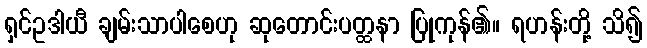
ရှင်ဥဒါယီ ချမ်းသာပါစေဟု ဆုတောင်းပတ္ထနာ ပြုကုန်၏။ ရဟန်းတို့ သိ၍